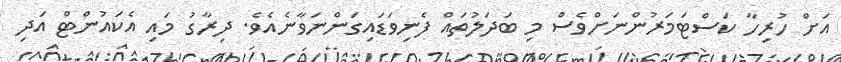
އަށް ހުރިހާ ކަސްޓަމަރުންނަށްވެސް މި ބަދަލުތައް ފެނިވަޑައިގަންނަވާނެއެވެ. ދިރާގު މައި އެކައުންޓް އަދި